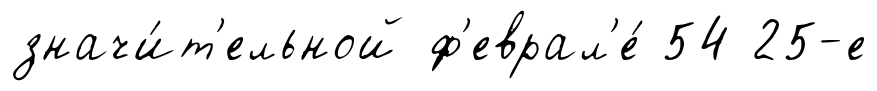
значи́т'ельной ф'еврал'е́ 54 25-е